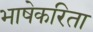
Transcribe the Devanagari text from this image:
भाषेकरिता